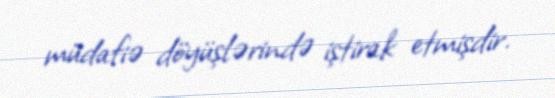
müdafiə döyüşlərində iştirak etmişdir.